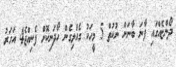
ދޯންޏެއްގައި ފާނަ ބާނަން ނުކުތް 5 މީހަކު ގެއްލިގެން ހޯދަނިކޮށް ފެނިއްޖެ4 އަހަރު